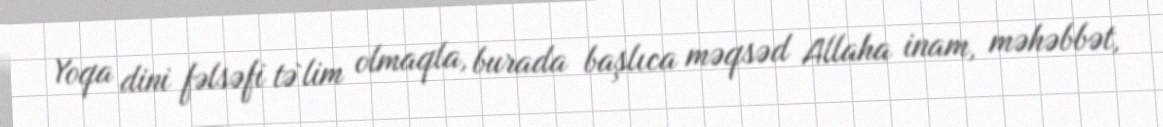
Yoqa dini fəlsəfi tə`lim olmaqla, burada başlıca məqsəd Allaha inam, məhəbbət,